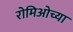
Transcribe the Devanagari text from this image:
रोमिओच्या